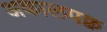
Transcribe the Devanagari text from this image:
अकालपक्व